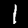
Label: 1